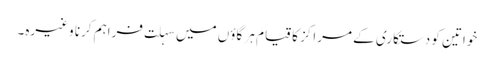
خواتین کو دستکاری کے مراکز کا قیام ہر گاؤں میں سہلت فراہم کرنا وغیرہ۔